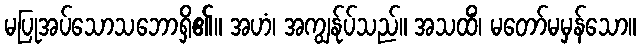
မပြုအပ်သောသဘောရှိ၏။ အဟံ၊ အကျွန်ုပ်သည်။ အသထိံ၊ မတော်မမှန်သော။